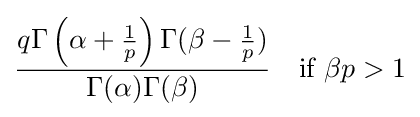
{\frac {q\Gamma \left(\alpha +{\tfrac {1}{p}}\right)\Gamma (\beta -{\tfrac {1}{p}})}{\Gamma (\alpha )\Gamma (\beta )}}\quad {\text{if }}\beta p>1